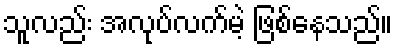
သူလည်း အလုပ်လက်မဲ့ ဖြစ်နေသည်။